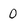
Character: 0